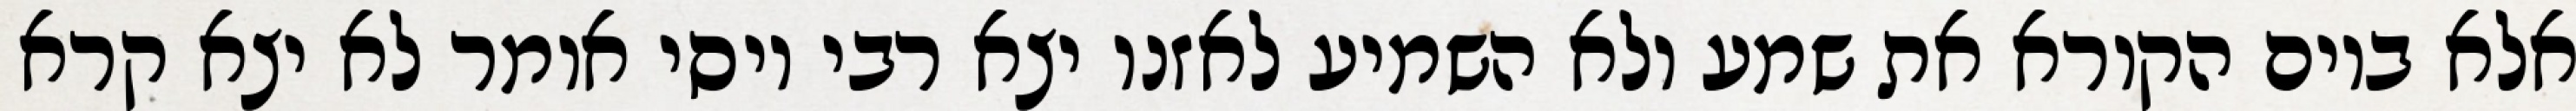
אלא ביום הקורא את שמע ולא השמיע לאזנו יצא רבי יוסי אומר לא יצא קרא